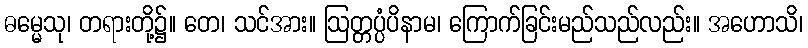
ဓမ္မေသု၊ တရားတို့၌။ တေ၊ သင်အား။ ဩတ္တပ္ပံပိနာမ၊ ကြောက်ခြင်းမည်သည်လည်း။ အဟောသိ၊